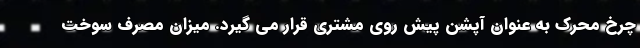
چرخ محرک به عنوان آپشن پیش روی مشتری قرار می گیرد. میزان مصرف سوخت